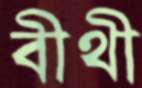
বীথী